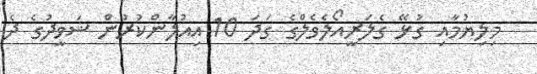
މިލިޔުމާއި ގުޅޭ ގެލަރީއޯލެވެލްގެ ގަދަ 10 އިއުލާންކުރުން ޝަވީދުގެ ދެ